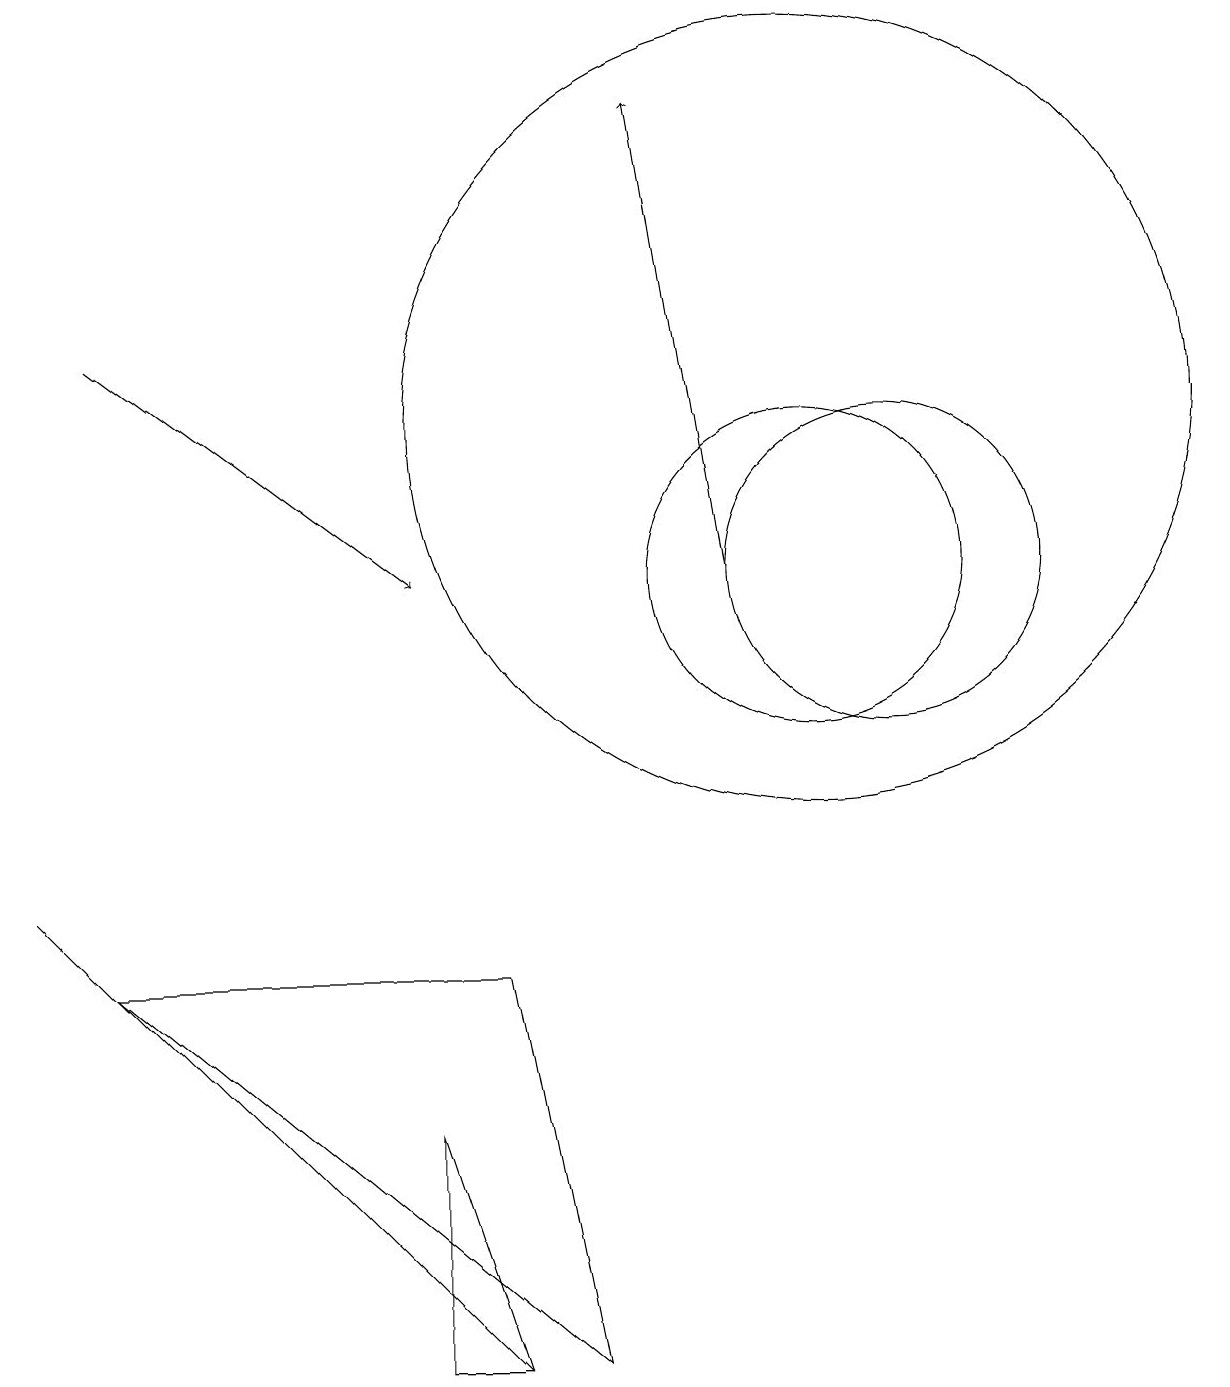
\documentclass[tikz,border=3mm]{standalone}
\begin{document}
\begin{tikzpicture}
\draw (7,0) -- (1,5) -- (6,5) -- cycle;
\draw[->] (9,10) -- (8,16);
\draw (0,6) -- (5,1) -- (6,0) -- cycle;
\draw[->] (1,13) -- (5,10);
\draw (10,12) circle (5);
\draw (5,0) -- (6,0) -- (5,3) -- cycle;
\draw (11,10) circle (2);
\draw (10,10) circle (2);
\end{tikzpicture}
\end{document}